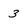
Character: 3